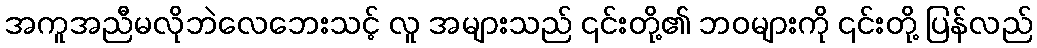
အကူအညီမလိုဘဲလေဘေးသင့် လူ အများသည် ၎င်းတို့၏ ဘဝများကို ၎င်းတို့ ပြန်လည်